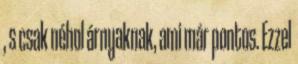
, s csak néhol árnyaknak, ami már pontos. Ezzel